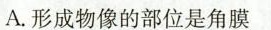
A.形成物像的部位是角膜角膜